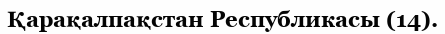
Қарақалпақстан Республикасы (14).